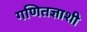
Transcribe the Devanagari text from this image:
गणितज्ञाशी